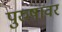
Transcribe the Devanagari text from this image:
पुरुषावर